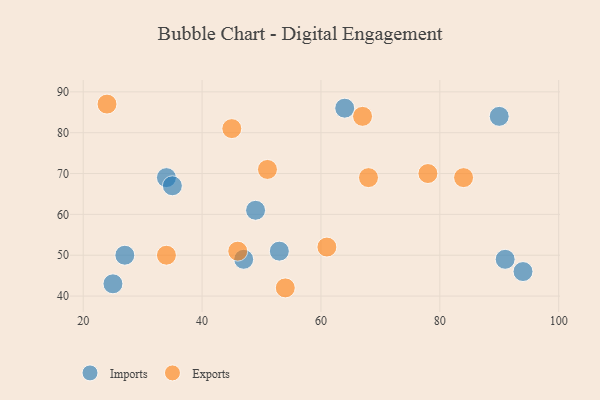
{"axis": {"x": "GDP", "y": "Life Expectancy"}, "legend": ["Exports", "Imports"], "data": [{"x": "53", "y": 51, "type": "Imports"}, {"x": "27", "y": 50, "type": "Imports"}, {"x": "47", "y": 49, "type": "Imports"}, {"x": "91", "y": 49, "type": "Imports"}, {"x": "25", "y": 43, "type": "Imports"}, {"x": "64", "y": 86, "type": "Imports"}, {"x": "90", "y": 84, "type": "Imports"}, {"x": "49", "y": 61, "type": "Imports"}, {"x": "34", "y": 69, "type": "Imports"}, {"x": "94", "y": 46, "type": "Imports"}, {"x": "35", "y": 67, "type": "Imports"}, {"x": "45", "y": 81, "type": "Exports"}, {"x": "46", "y": 51, "type": "Exports"}, {"x": "84", "y": 69, "type": "Exports"}, {"x": "61", "y": 52, "type": "Exports"}, {"x": "68", "y": 69, "type": "Exports"}, {"x": "24", "y": 87, "type": "Exports"}, {"x": "67", "y": 84, "type": "Exports"}, {"x": "34", "y": 50, "type": "Exports"}, {"x": "78", "y": 70, "type": "Exports"}, {"x": "51", "y": 71, "type": "Exports"}, {"x": "54", "y": 42, "type": "Exports"}]}